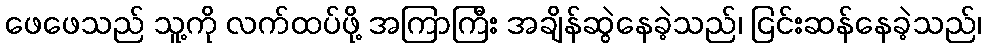
ဖေဖေသည် သူ့ကို လက်ထပ်ဖို့ အကြာကြီး အချိန်ဆွဲနေခဲ့သည်၊ ငြင်းဆန်နေခဲ့သည်၊